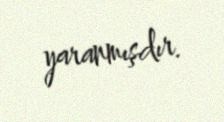
yaranmışdır.